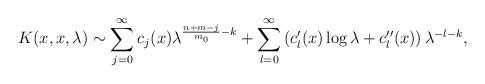
LaTeX: \begin{align*}K(x,x,\lambda)\sim \sum_{j=0}^\infty c_j(x) \lambda^{\frac{n+m-j}{m_0}-k}+ \sum_{l=0}^\infty \left(c'_l(x)\log \lambda +c''_l(x)\right) \lambda^{-l-k},\end{align*}